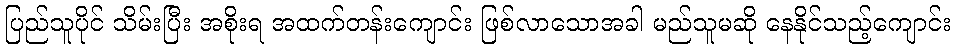
ပြည်သူပိုင် သိမ်းပြီး အစိုးရ အထက်တန်းကျောင်း ဖြစ်လာသောအခါ မည်သူမဆို နေနိုင်သည့်ကျောင်း